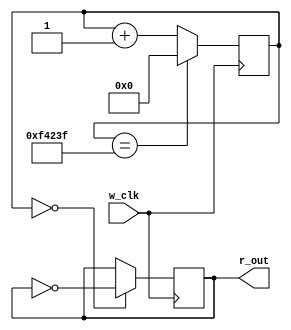
module m_main (w_clk, r_out);
  input wire w_clk;
  output reg r_out=0;
  reg [31:0] r_cnt = 0;
  always@(posedge w_clk) begin
    r_cnt <= (r_cnt==999999) ? 0 : r_cnt+1;
    r_out <= (r_cnt==0) ? ~r_out : r_out;
  end
endmodule